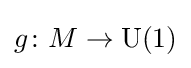
g\colon M\rightarrow \operatorname {U} (1)